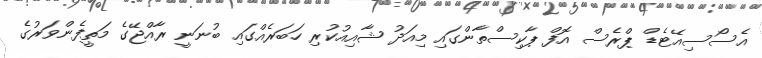
އެސޯސިއޭޓެޑް ޕްރެސް އޮފް ޕާކިސްތާންގައި މިއަދު ޝާއިއުކުރި ހަބަރެއްގައި ބުނަނީ ރާއްޖޭގެ މަތީފެންވަރުގެ